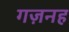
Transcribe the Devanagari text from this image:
गज़नह